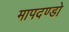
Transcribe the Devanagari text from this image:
मापदण्डो